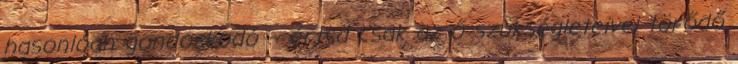
hasonlóan gondoskodó – értsd csak az ő szükségleteivel törődő